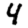
Digit: 4